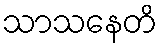
သာသနေတိ